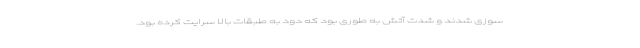
سوزی شدند و شدت آتش به طوری بود که دود به طبقات بالا سرایت کرده بود.